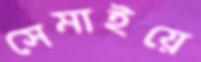
সেমাইয়ে